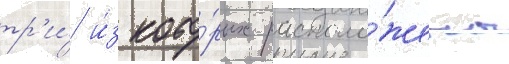
тр'и́ и́з кото́рых располо́жены